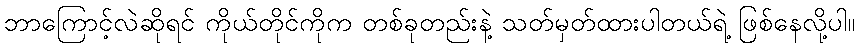
ဘာကြောင့်လဲဆိုရင် ကိုယ်တိုင်ကိုက တစ်ခုတည်းနဲ့ သတ်မှတ်ထားပါတယ်ရဲ့ ဖြစ်နေလို့ပါ။